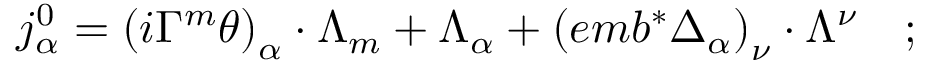
j _ { \alpha } ^ { 0 } = \left( i \Gamma ^ { m } \theta \right) _ { \alpha } \cdot \Lambda _ { m } + \Lambda _ { \alpha } + \left( e m b ^ { * } \Delta _ { \alpha } \right) _ { \nu } \cdot \Lambda ^ { \nu } \quad ;